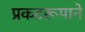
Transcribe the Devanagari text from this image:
प्रकटरूपाने